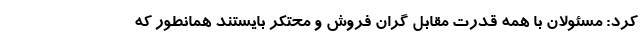
کرد: مسئولان با همه قدرت مقابل گران فروش و محتکر بایستند همانطور که